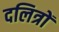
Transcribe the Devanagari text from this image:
दलित्रों